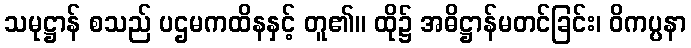
သမုဋ္ဌာန် စသည် ပဌမကထိနနှင့် တူ၏။ ထို၌ အဓိဋ္ဌာန်မတင်ခြင်း၊ ဝိကပ္ပနာ